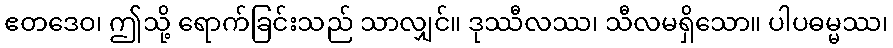
ဧတဒေဝ၊ ဤသို့ ရောက်ခြင်းသည် သာလျှင်။ ဒုဿီလဿ၊ သီလမရှိသော။ ပါပဓမ္မဿ၊